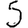
Digit: 5